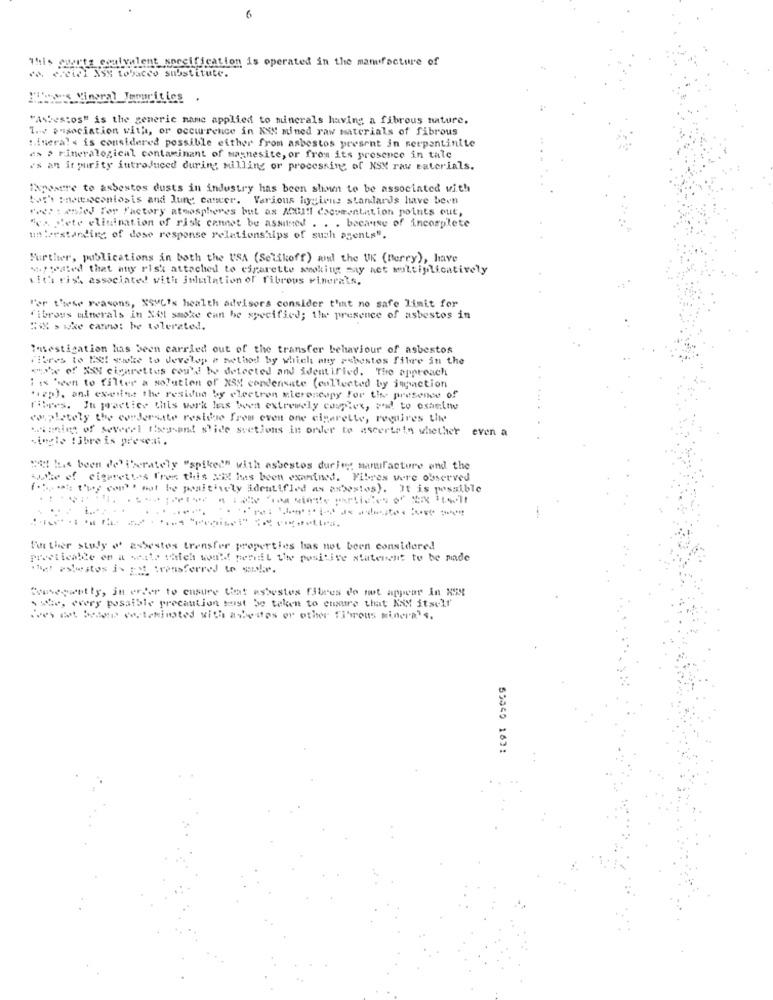
6
This cuarta coulvalent
specification is operated in the manufacture of
va ereie1 NSX tobacco substitute.
He's Vingral Impurities .
.
"Asbestos" is the generic name applied to minerals having a fibrous nature.
1 .-. association with, or occurrence in KIN mined raw materials of fibrous
Mineral « is considered possible either from asbestos present in serpentinite
a> > Fitteralogical contaminant of magnesite, or from its presence in tale
as an it purity introduced during milling or processive of NSM raw materials.
Exposure to asbestos dusts in industry has been shown to be associated with
bar's pneumoconiosis and lung cancer. Various hygiene standards have been
fedt : wie For Factory atmospheres but as ACui !! documentation points out,
"es fete elimination of risk cannot be assumed . . . because of incomplete
Ileestanding of dose response relations hips of such asenta".
Further, publications in both the USA (Selikoff) and the UK (Berry), have
stypeated that any risk attached to cigarette smoking say act multiplicatively
with rish associated with jululation of fibrous vinerals,
Per these reasons, XSML's health advisors consider t'int no safe limit for
fibrous minerals in Xit smoke can be specified; the presence of asbestos in
"W > wke camw: be tolerated.
Imsestigation has been carried out of the transfer behaviour of asbestos
Fibres to Est stake to develop a method by which may asbestos fibre in the
"she of Ny cigarettus cou'd be detected and identified. The appreach
: : 'een to filter a solution of NSM condensate (collected by inction
"i2p). ani exeine the residua by electron Microscopy for the presence of
fibres. Ju practice this work has been extremely complex, sal to examine
completely the cordersate restene fres even one cigarette, requires the
winning of Several theavant slide svetions in order to ascertain whether even a
single !ibre is preseni.
"it has been de' i'serately "spiked" with asbestos during manufacture and the
whe of cigarettes f'rer this Si has been examined. Fibres were observed
mot be positively identified as asbestos). It is possible
fin ther study of asbestos trensfer properties has not been considered
preeticalle en a seato which won't pernil Uite positive statement to be made
Consequently, in order to ensure that asbestos Fibres do not appear in NEM
we, every possible precaution must be telen to ensure that KSM itself
ives det Med veckimated with asbestos or other fibrous minera's.
55050 1631